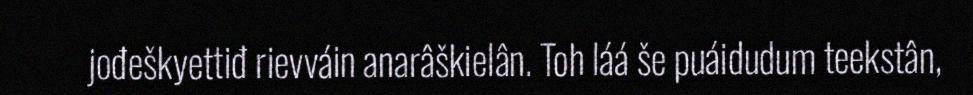
jođeškyettiđ rievváin anarâškielân. Toh láá še puáidudum teekstân,